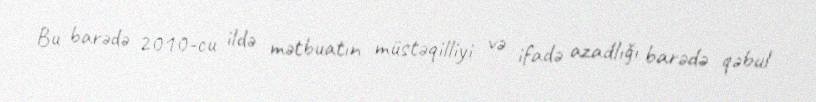
Bu barədə 2010-cu ildə mətbuatın müstəqilliyi və ifadə azadlığı barədə qəbul